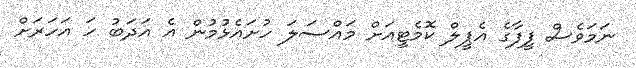
ނަމަވެސް ފީފާގެ އެޕީލް ކޮމެޓީއަށް މައްސަލަ ހުށައެޅުމުން އެ އަދަބު ހަ އަހަރަށް